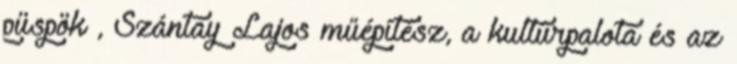
püspök , Szántay Lajos műépítész, a kultúrpalota és az